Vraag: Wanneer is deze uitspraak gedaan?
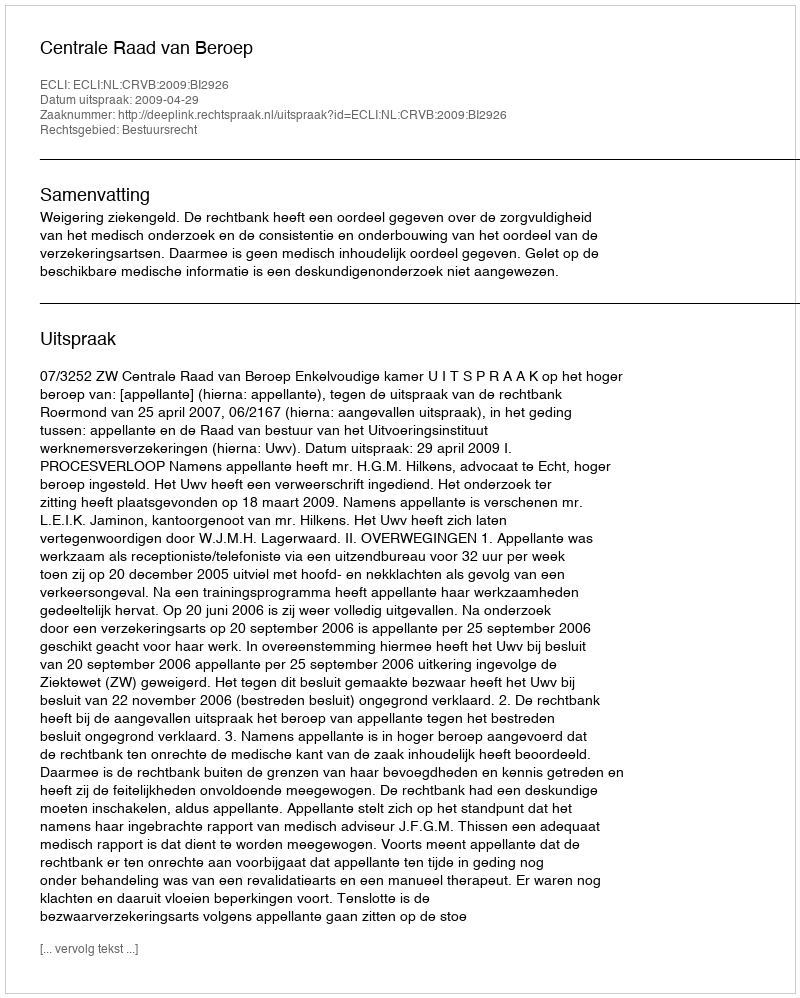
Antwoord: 2009-04-29